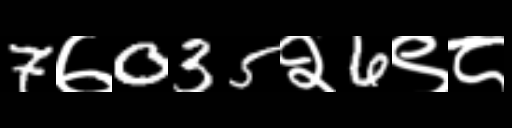
Text: 7७035२6९८